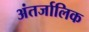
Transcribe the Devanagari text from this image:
अंतर्जालिक